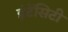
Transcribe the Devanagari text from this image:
इंटेंसिटी